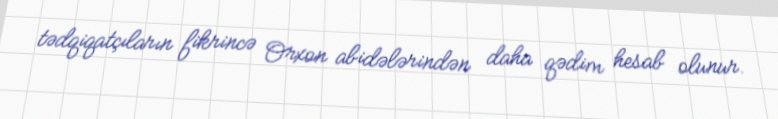
tədqiqatçıların fikrincə Orxon abidələrindən daha qədim hesab olunur.